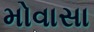
મોવાસા